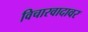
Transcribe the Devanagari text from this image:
विचारवादावर